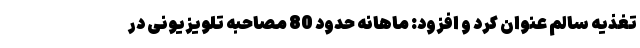
تغذیه سالم عنوان کرد و افزود: ماهانه حدود 80 مصاحبه تلویزیونی در